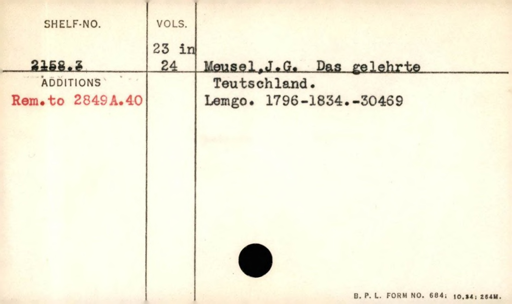
Label: content